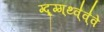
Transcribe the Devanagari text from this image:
ग्द्र्ग्ग्थ्व्॑व्॑वे